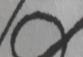
Signature authenticity: forged